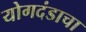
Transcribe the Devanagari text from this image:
योगदंडाचा